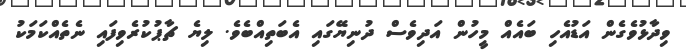
ވިދާޅުވެގެން އަޑުއެހި ބައެެއް މީހުން އަދިވެސް ދުނިޔޭގައި އެބަތިއްބެވެ. ލިޔެ ޗާޕުކުރެވިފައި ނެތެއްކަމަކު